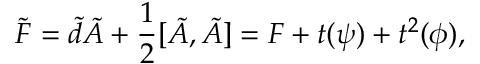
\tilde { F } = \tilde { d } \tilde { A } + \frac { 1 } { 2 } [ \tilde { A } , \tilde { A } ] = F + t ( \psi ) + t ^ { 2 } ( \phi ) ,